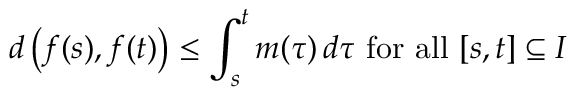
d \left( f ( s ) , f ( t ) \right) \leq \int _ { s } ^ { t } m ( \tau ) \, d \tau { \mathrm { ~ f o r ~ a l l ~ } } [ s , t ] \subseteq I